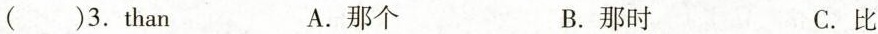
( )3.t han A. 那个 B. 那时 C. 比